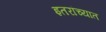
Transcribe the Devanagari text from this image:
इतरांच्यात